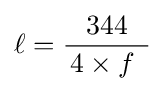
\ell ={\frac {344}{\,4\times f\,~}}